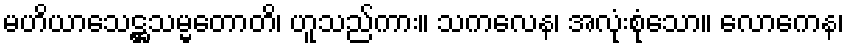
မဟိယာသေဋ္ဌသမ္မတောတိ၊ ဟူသည်ကား။ သကလေန၊ အလုံးစုံသော။ လောကေန၊